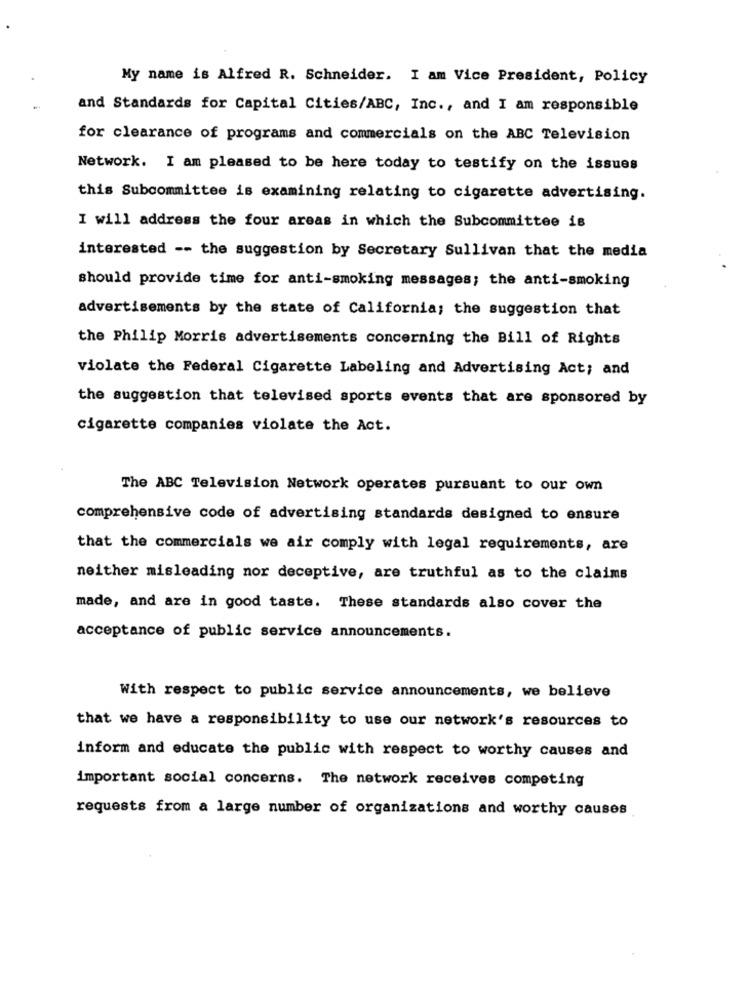
My name is Alfred R. Schneider. I am Vice President, Policy
and Standards for Capital Cities/ABC, Inc ., and I am responsible
for clearance of programs and commercials on the ABC Television
Network. I am pleased to be here today to testify on the issues
this Subcommittee is examining relating to cigarette advertising.
I will address the four areas in which the Subcommittee is
interested -- the suggestion by Secretary Sullivan that the media
should provide time for anti-smoking messages; the anti-smoking
advertisements by the state of California; the suggestion that
the Philip Morris advertisements concerning the Bill of Rights
violate the Federal Cigarette Labeling and Advertising Act; and
the suggestion that televised sports events that are sponsored by
cigarette companies violate the Act.
The ABC Television Network operates pursuant to our own
comprehensive code of advertising standards designed to ensure
that the commercials we air comply with legal requirements, are
neither misleading nor deceptive, are truthful as to the claims
made, and are in good taste. These standards also cover the
acceptance of public service announcements.
With respect to public service announcements, we believe
that we have a responsibility to use our network's resources to
inform and educate the public with respect to worthy causes and
important social concerns. The network receives competing
requests from a large number of organizations and worthy causes